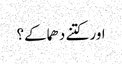
اور کتنے دھماکے؟